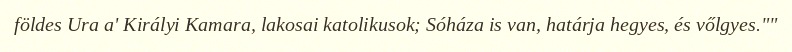
földes Ura a' Királyi Kamara, lakosai katolikusok; Sóháza is van, határja hegyes, és vőlgyes.""